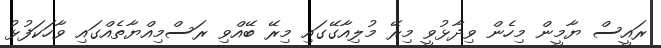
ރައީސް ޔާމީން މިހެން ވިދާޅުވީ މިރޭ މުލިއާގޭގައި މިރޭ ބޭއްވި ރަސްމިއްޔާތެއްގައި ވާހަކަފުޅު